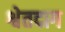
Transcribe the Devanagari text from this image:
श्वेतदाग